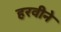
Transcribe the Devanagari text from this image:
हरवीने